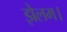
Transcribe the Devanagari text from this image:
झेलम।